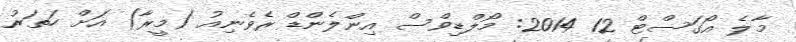
މާލެ އޯގަސްޓް 12 2014: މޯލްޑިވްސް އިންލެންޑް ރެވެނިއު (މީރާ) އަށް ހަތަރު